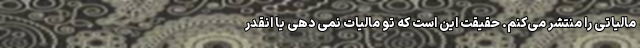
مالیاتی را منتشر می‌کنم. حقیقت این است که تو مالیات نمی دهی یا انقدر